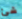
شئ